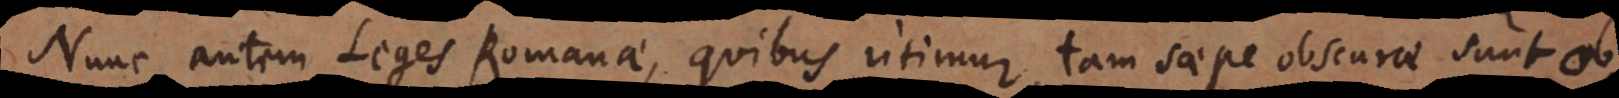
Nunc autem Leges Romanae, quibus utimur, tam saepe obscurae sunt ob